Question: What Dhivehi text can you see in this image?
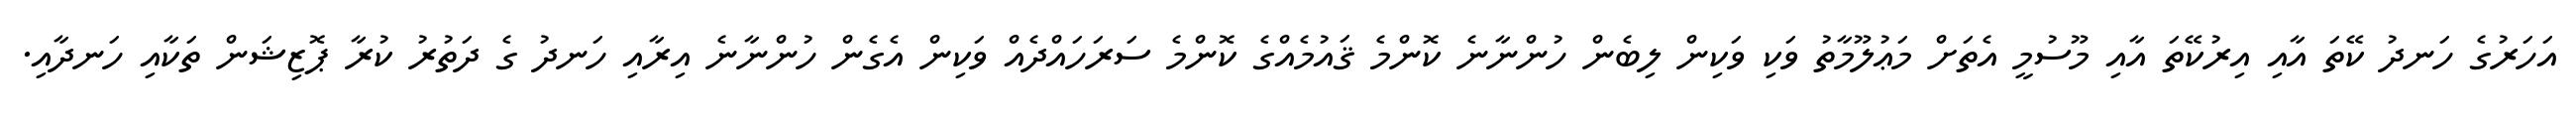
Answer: އަހަރުގެ ހަނދު ކޭތަ އާއި އިރުކޭތަ އާއި މޫސުމީ އެތަށް މަޢުލޫމާތު ވަކި ވަކިން ލިބެން ހުންނާނެ ކޮންމެ ޤައުމެއްގެ ކޮންމެ ސަރަހައްދެއް ވަކިން އެގެން ހުންނާނެ އިރާއި ހަނދު ގެ ދަތުރު ކުރާ ޕޮޒިޝަން ތަކާއި ހަނދާއި.